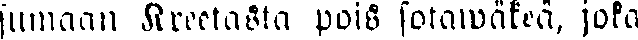
sumaan Kreetasta pois sotawäkeä, joka